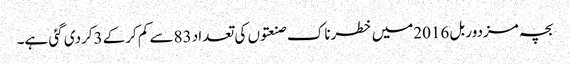
بچہ مزدور بل 2016میں خطرناک صنعتوں کی تعداد 83سے کم کرکے 3کردی گئی ہے۔